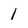
Character: 1